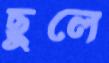
ছুলে